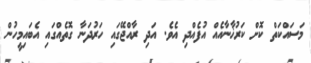
މަސައްކަތް ކޮށް ކަރުޚާނާއެއް އުފެއްދި އެވެ. އަދި ރާއްޖޭގައި ހަރުދަނާ ގޮތެއްގައި އެބައިމީހުން